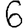
Digit: 6